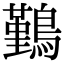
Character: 𪅀